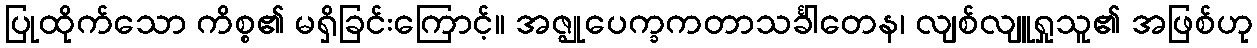
ပြုထိုက်သော ကိစ္စ၏ မရှိခြင်းကြောင့်။ အဇ္ဈုပေက္ခကတာသင်္ခါတေန၊ လျစ်လျူရှုသူ၏ အဖြစ်ဟု